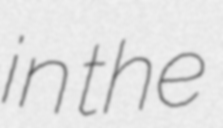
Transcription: in the